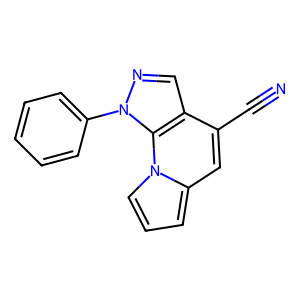
SMILES: N#Cc1cc2cccn2c2c1cnn2-c1ccccc1
Inhibits HIV replication: No